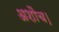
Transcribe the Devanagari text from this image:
अशौच।